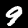
Digit: 9